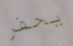
يحفر